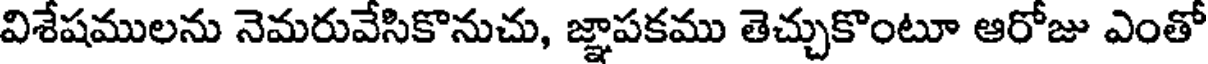
విశేషములను నెమరువేసికొనుచు, జ్ఞాపకము తెచ్చుకొంటూ ఆరోజు ఎంతో